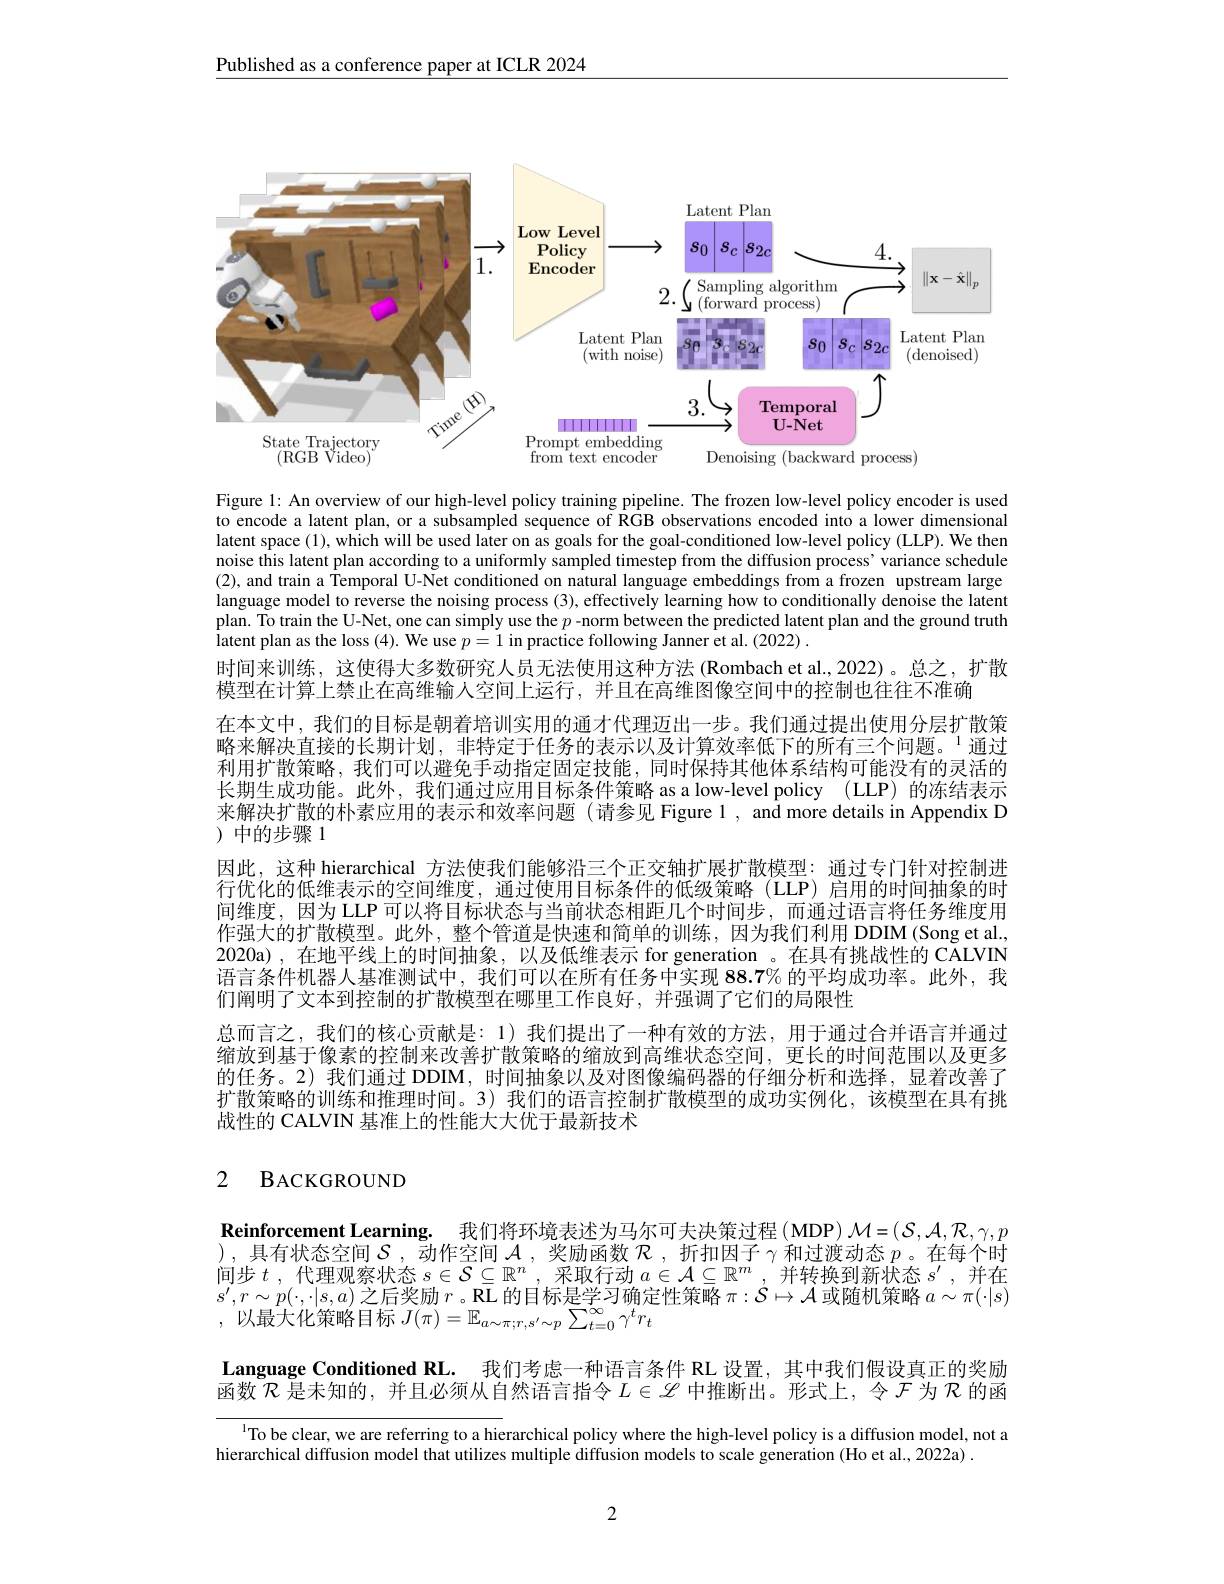
Published as a conference paper at ICLR 2024

<FigureHere>

Figure 1: An overview of our high-level policy training pipeline. The frozen low-level policy encoder is used to encode a latent plan, or a subsampled sequence of RGB observations encoded into a lower dimensional latent space (1), which will be used later on as goals for the goal-conditioned low-level policy (LLP). We then noise this latent plan according to a uniformly sampled timestep from the diffusion process' variance schedule (2), and train a Temporal U-Net conditioned on natural language embeddings from a frozen upstream large language model to reverse the noising process (3), effectively learning how to conditionally denoise the latent plan. To train the U-Net, one can simply use the $p$ -norm between the predicted latent plan and the ground truth latent plan as the loss (4). We use $p=1$ in practice following Janner et al. (2022)
时间来训练，这使得大多数研究人员无法使用这种方法 (Rombach et al.,2022)。总之，扩散
模型在计算上禁止在高维输人空间上运行，并且在高维图像空间中的控制也往往不准确
在本文中，我们的目标是朝着培训实用的通才代理迈出一步。我们通过提出使用分层扩散策略来解决直接的长期计划，非特定于任务的表示以及计算效率低下的所有三个问题。$^{1}$通过利用扩散策略，我们可以避免手动指定固定技能，同时保持其他体系结构可能没有的灵活的长期生成功能。此外，我们通过应用目标条件策略 as a low-level policy (LLP) 的冻结表示来解决扩散的朴素应用的表示和效率问题 (请参见 Figure 1 , and more details in Appendix D )中的步骤1
因此，这种 hierarchical 方法使我们能够沿三个正交轴扩展扩散模型：通过专门针对控制进行优化的低维表示的空间维度，通过使用目标条件的低级策略(LLP)启用的时间抽象的时间维度，因为 LLP 可以将目标状态与当前状态相距几个时间步，而通过语言将任务维度用作强大的扩散模型。此外，整个管道是快速和简单的训练，因为我们利用 DDIM (Song et al., 2020a),在地平线上的时间抽象，以及低维表示 for generation。在具有挑战性的 CALVIN 语言条件机器人基准测试中，我们可以在所有任务中实现$88.7\%$的平均成功率。此外，我们阐明了文本到控制的扩散模型在哪里工作良好，并强调了它们的局限性
总而言之，我们的核心贡献是：1)我们提出了一种有效的方法，用于通过合并语言并通过缩放到基于像素的控制来改善扩散策略的缩放到高维状态空间，更长的时间范围以及更多的任务。2)我们通过 DDIM, 时间抽象以及对图像编码器的仔细分析和选择，显着改善了扩散策略的训练和推理时间。3) 我们的语言控制扩散模型的成功实例化，该模型在具有挑战性的 CALVIN 基准上的性能大大优于最新技术

# 2 BACKGROUND

$\textbf{Reinforcement Learning. 我 们 将 环 境 表 述 为 马 尔 可 夫 决 策 过 程 ( MDP) }\mathcal{M} = \left ( \mathcal{S} , \mathcal{A} , \mathcal{R} , \gamma , p\right .$ ),具有状态空间$\mathcal{S}$ , 动作空间$\mathcal{A}$ ,奖励函数$\mathcal{R}$ ,折扣因子$\gamma$和过渡动态$p$ 。在每个时间步$t$ ,代理观察状态$s\in\mathcal{S}\subseteq\mathbb{R}^n$,采取行动$a\in\mathcal{A}\subseteq\mathbb{R}^m$ ,并转换到新状态$s^\prime$,并在$s^{\prime},r\sim p(\cdot,\cdot|s,a)$之后奖励$r$。$\bar{\mathbb{RL}}$的目标是学习确定性策略$\pi:\mathcal{S}\mapsto\mathcal{A}$或随机策略$a\sim\pi(\cdot|s)$ ,以最大化策略目标$J(\pi)=\mathbb{E}_a\sim\pi;r,s^{\prime}\sim p\sum_{t=0}^{\infty}\gamma^{t}r_{t}$

Language Conditioned RL. 我们考虑一种语言条件 RL 设置，其中我们假设真正的奖励函数$\mathcal{R}$是未知的，并且必须从自然语言指令$L\in\mathscr{L}$中推断出。形式上，令$\mathcal{F}$为$\mathcal{R}$的函

l To be clear, we are referring to a hierarchical policy where the high-level policy is a diffusion model, not a
hierarchical diffusion model that utilizes multiple diffusion models to scale generation (Ho et al., 2022a) .

2